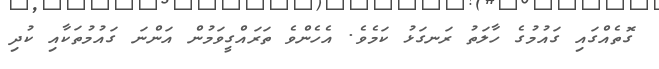
ގޮތެއްގައި ގައުމުގެ ހާލަތު ރަނގަޅު ކަމެވެ. އެހެންވެ ތަރައްގީވަމުން އަންނަ ގައުމުތަކާއި ކުދި